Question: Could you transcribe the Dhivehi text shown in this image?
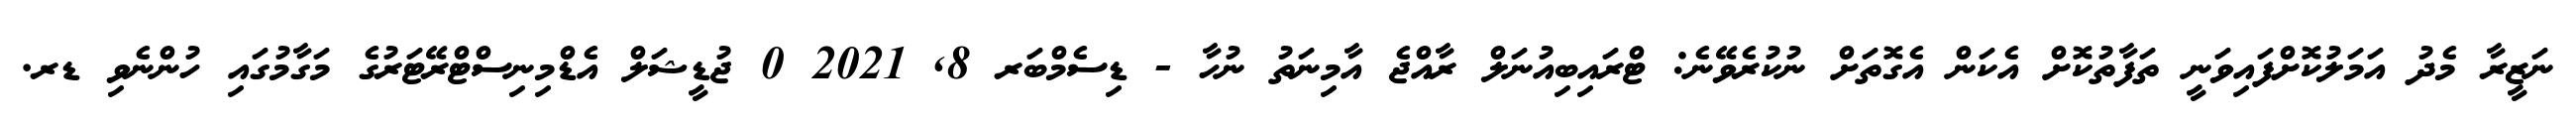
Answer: ނަޒީރާ މެދު އަމަލުކޮށްފައިވަނީ ތަފާތުކޮށް އެކަން އެގޮތަށް ނުކުރެވޭނެ: ޓްރައިބިއުނަލް ރާއްޖެ އާމިނަތު ނުހާ - ޑިސެމްބަރ 8, 2021 0 ޖުޑީޝަލް އެޑްމިނިސްޓްރޭޓަރުގެ މަގާމުގައި ހުންނެވި ޑރ.